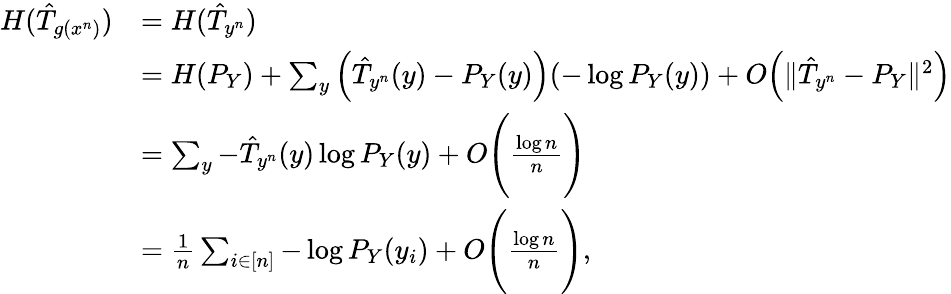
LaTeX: \begin{array}{rl}{H(\hat{T}_{g(x^{n})})}&{=H(\hat{T}_{y^{n}})}\\ &{=H(P_{Y})+\sum_{y}\Big(\hat{T}_{y^{n}}(y)-P_{Y}(y)\Big)(-\log P_{Y}(y))+O\Big(\| \hat{T}_{y^{n}}-P_{Y}\| ^{2}\Big)}\\ &{=\sum_{y}-\hat{T}_{y^{n}}(y)\log P_{Y}(y)+O\Bigg(\frac{\log n}{n}\Bigg)}\\ &{=\frac{1}{n}\sum_{i\in[n]}-\log P_{Y}(y_{i})+O\Bigg(\frac{\log n}{n}\Bigg),}\end{array}